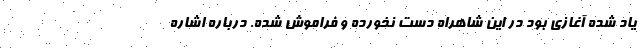
یاد شده آغازی بود در این شاهراه دست نخورده و فراموش شده. درباره اشاره